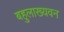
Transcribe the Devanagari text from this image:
बहुलाख्यवन